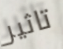
تاثير